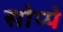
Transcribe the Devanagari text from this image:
सोप्पे